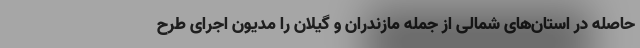
حاصله در استان‌های شمالی از جمله مازندران و گیلان را مدیون اجرای طرح